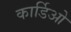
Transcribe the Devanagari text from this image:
कार्डिओ